Civil Veterinary Dept. Assam report 1911-1927 - 1911-1927
Year: 1911
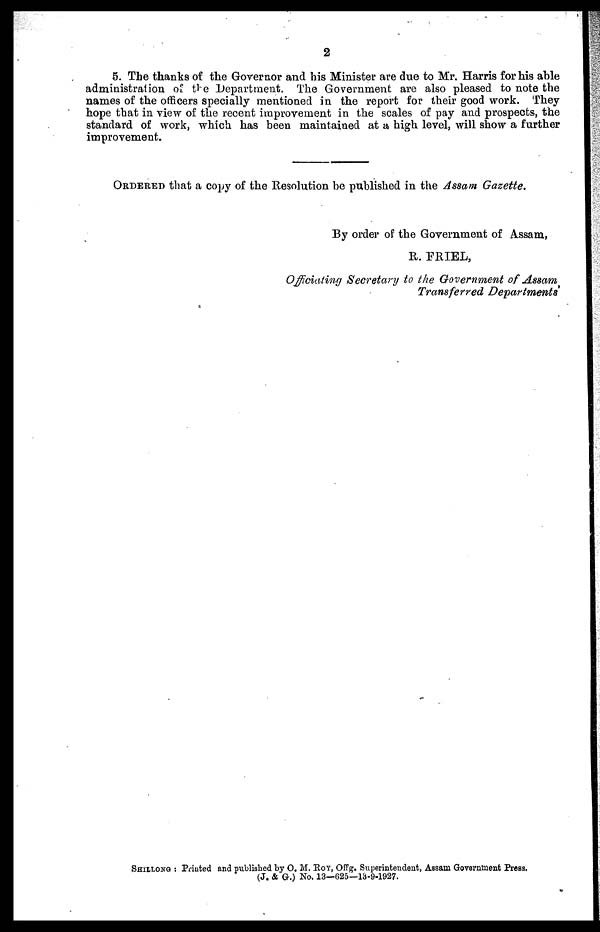
2
5. The thanks of the Governor and his Minister are due to Mr. Harris for his able
administration of the Department. The Government are also pleased to note the
names of the officers specially mentioned in the report for their good work. They
hope that in view of the recent improvement in the scales of pay and prospects, the
standard of work, which has been maintained at a high level, will show a further
improvement.
ORDERED that a copy of the Resolution be published in the Assam Gazette.
By order of the Government of Assam,
R. FRIEL,
Officiating Secretary to the Government of Assam
Transferred Departments
SHILLONG : Printed and published by O. M. ROY, Offg. Superintendent, Assam Government Press.
(J. & G.) No. 13—625—13-9-1927.